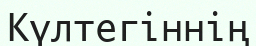
Күлтегіннің